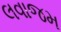
લવાજમ